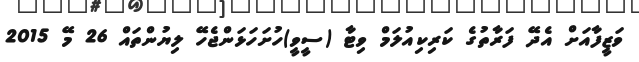
ވަޒީފާއަށް އެދޭ ފަރާތުގެ ކަރިކިއުލަމް ވިޓާ (ސީވީ)ހުށަހަޅަންޖެހޭ ލިޔުންތައް 26 މޭ 2015